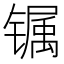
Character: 𰾽